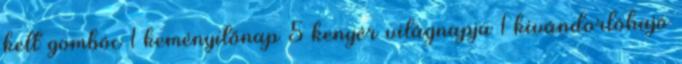
kelt gombóc 1 keményítőnap 5 kenyér világnapja 1 kivándorlóhajó